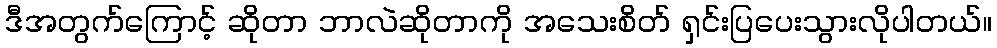
ဒီအတွက်ကြောင့် ဆိုတာ ဘာလဲဆိုတာကို အသေးစိတ် ရှင်းပြပေးသွားလိုပါတယ်။